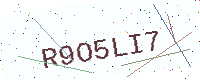
Text: R9O5LI7